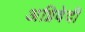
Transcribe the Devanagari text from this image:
अग्निवेदी